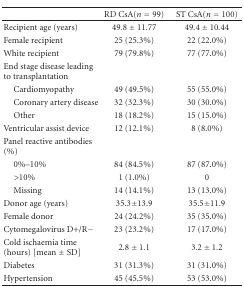
<table><thead><tr><td></td><td><b>RD CsA(<i>n</i> = 99)</b></td><td><b>ST CsA(<i>n</i> = 100)</b></td></tr></thead><tbody><tr><td>Recipient age (years)</td><td>49.8 ± 11.77</td><td>49.4 ± 10.44</td></tr><tr><td>Female recipient</td><td>25 (25.3%)</td><td>22 (22.0%)</td></tr><tr><td>White recipient</td><td>79 (79.8%)</td><td>77 (77.0%)</td></tr><tr><td>End stage disease leading to transplantation</td><td></td><td></td></tr><tr><td>Cardiomyopathy</td><td>49 (49.5%)</td><td>55 (55.0%)</td></tr><tr><td>Coronary artery disease</td><td>32 (32.3%)</td><td>30 (30.0%)</td></tr><tr><td>Other</td><td>18 (18.2%)</td><td>15 (15.0%)</td></tr><tr><td>Ventricular assist device</td><td>12 (12.1%)</td><td>8 (8.0%)</td></tr><tr><td>Panel reactive antibodies (%)</td><td></td><td></td></tr><tr><td>0%–10%</td><td>84 (84.5%)</td><td>87 (87.0%)</td></tr><tr><td>&gt;10%</td><td>1 (1.0%)</td><td>0</td></tr><tr><td>Missing</td><td>14 (14.1%)</td><td>13 (13.0%)</td></tr><tr><td>Donor age (years)</td><td>35.3±13.9</td><td>35.5±11.9</td></tr><tr><td>Female donor</td><td>24 (24.2%)</td><td>35 (35.0%)</td></tr><tr><td>Cytomegalovirus D+/R−</td><td>23 (23.2%)</td><td>17 (17.0%)</td></tr><tr><td>Cold ischaemia time (hours) [mean ± SD]</td><td>2.8 ± 1.1</td><td>3.2 ± 1.2</td></tr><tr><td>Diabetes</td><td>31 (31.3%)</td><td>31 (31.0%)</td></tr><tr><td>Hypertension</td><td>45 (45.5%)</td><td>53 (53.0%)</td></tr></tbody></table>